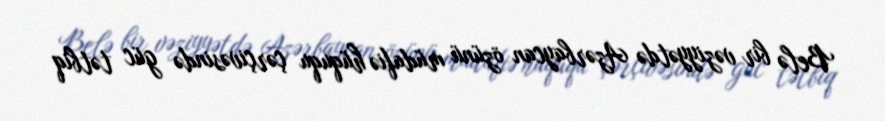
Belə bir vəziyyətdə Azərbaycan özünü müdafiə hüququ çərçivəsində güc tətbiq